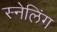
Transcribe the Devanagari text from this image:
स्नेलिंग